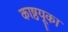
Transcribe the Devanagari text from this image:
काष्ठयूका